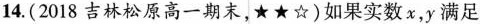
14. (2018吉林松原高一期末，★★☆)如果实数x，y满足